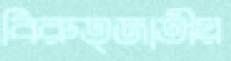
বিরুত্জাতীয়